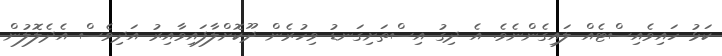
ކަޅު ހައިވެއިސްޓެއް ލައިގެންނެވެ. އެ ދިގު އިސްތަށިގަނޑު ވިހުރެން ދޫކޮށްލާފައިވާއިރު އަދިވެސް އެދެލޮލުން